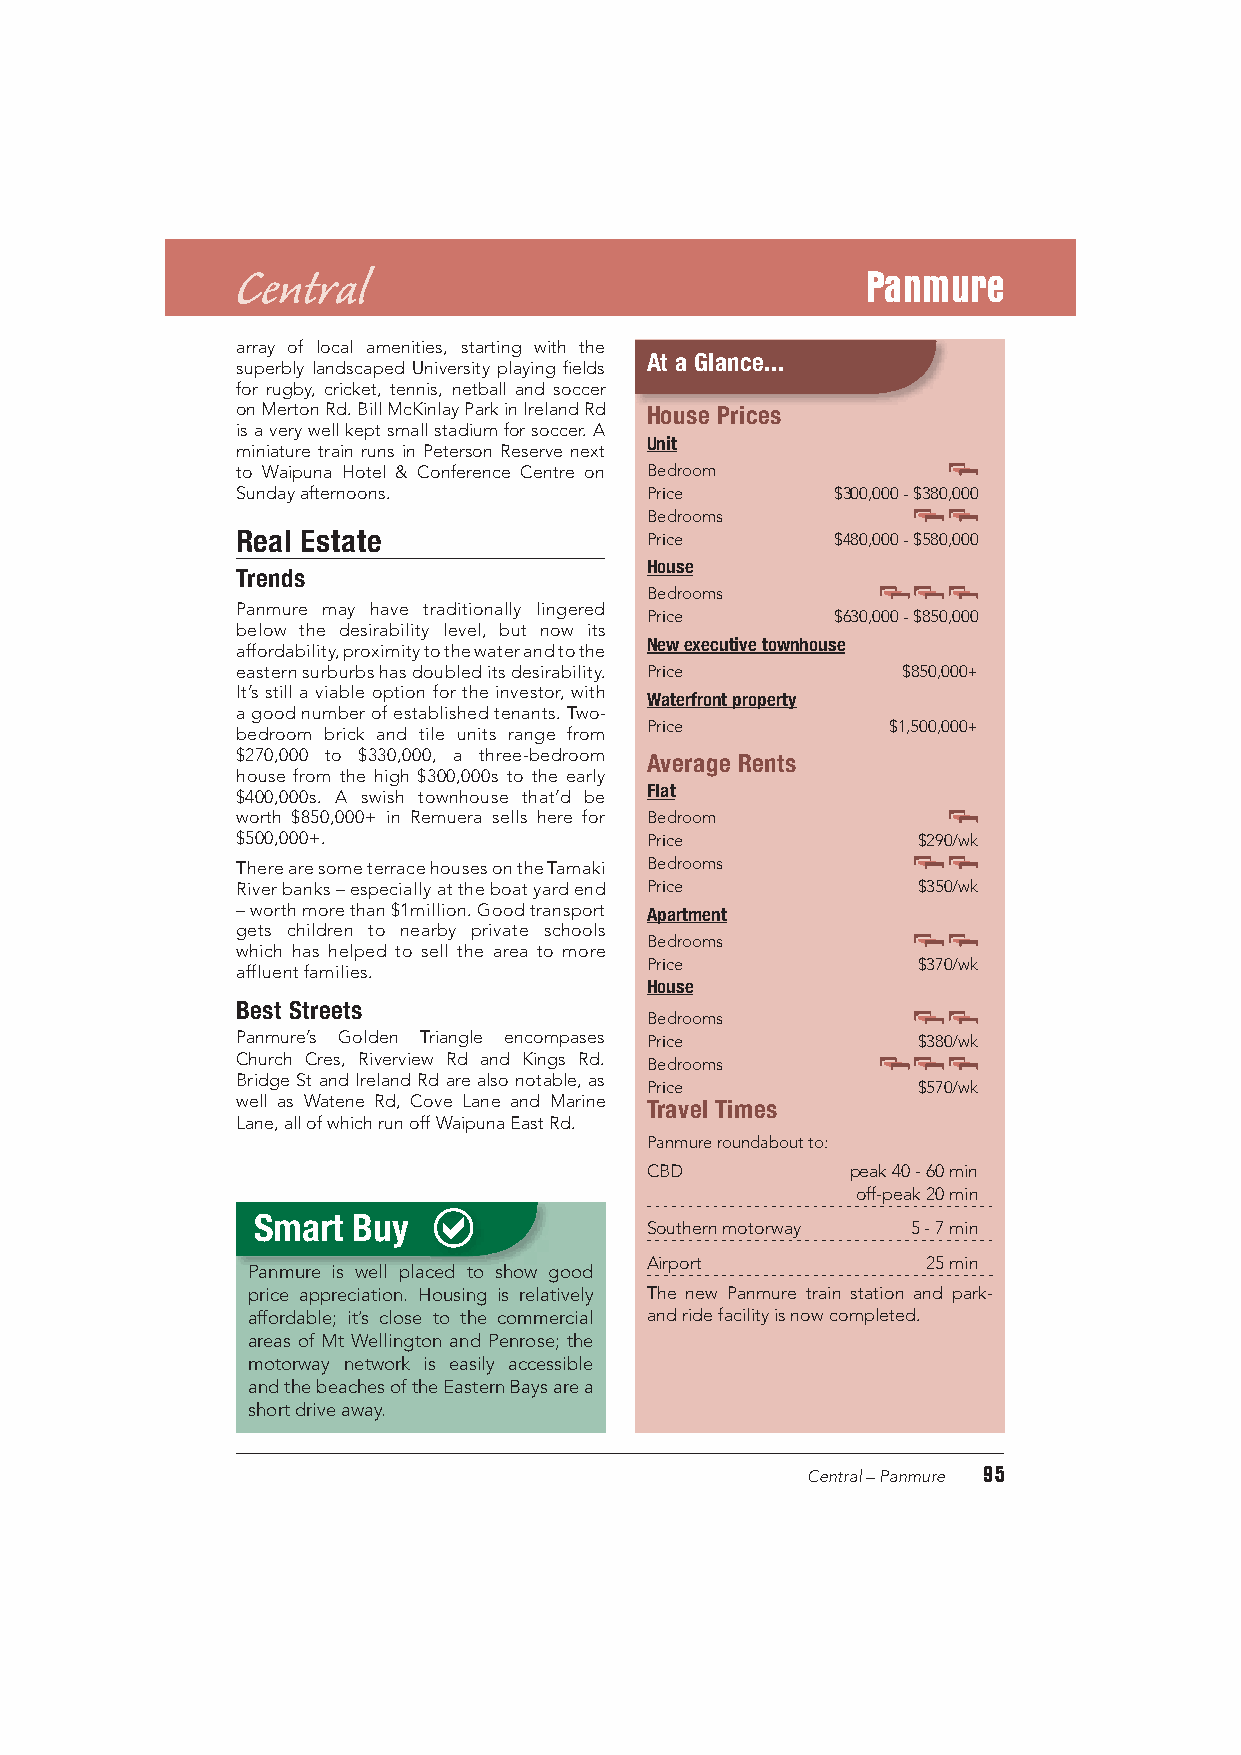
Central                                  Panmure
 array of local amenities, starting with the
 At a Glance...
 superbly landscaped University playing fields
 for rugby, cricket, tennis, netball and soccer
 on Merton Rd. Bill McKinlay Park in Ireland Rd House Prices
 is a very well kept small stadium for soccer. A
 Unit
 miniature train runs in Peterson Reserve next
 to Waipuna Hotel & Conference Centre on Bedroom
 Sunday afternoons.         Price       $300,000 - $380,000
 Bedrooms
 Real Estate                Price       $480,000 - $580,000
 House
 Trends
 Bedrooms
 Panmure may have traditionally lingered
 Price       $630,000 - $850,000
 below the desirability level, but now its
 New executive townhouse
 affordability, proximity to the water and to the
 eastern surburbs has doubled its desirability. Price $850,000+
 It’s still a viable option for the investor, with Waterfront property
 a good number of established tenants. Two-
 Price           $1,500,000+
 bedroom brick and tile units range from
 $270,000 to $330,000, a three-bedroom Average Rents
 house from the high $300,000s to the early
 Flat
 $400,000s. A swish townhouse that’d be
 worth $850,000+ in Remuera sells here for Bedroom
 $500,000+.                 Price             $290/wk
 There are some terrace houses on the Tamaki Bedrooms
 River banks – especially at the boat yard end Price $350/wk
 – worth more than $1million. Good transport Apartment
 gets children to nearby private schools
 Bedrooms
 which has helped to sell the area to more
 Price             $370/wk
 affluent families.
 House
 Best Streets
 Bedrooms
 Panmure’s Golden Triangle encompases Price   $380/wk
 Church Cres, Riverview Rd and Kings Rd.
 Bedrooms
 Bridge St and Ireland Rd are also notable, as
 Price             $570/wk
 well as Watene Rd, Cove Lane and Marine Travel Times
 Lane, all of which run off Waipuna East Rd.
 Panmure roundabout to:
 CBD          peak 40 - 60 min
 off-peak 20 min
 Smart Buy
 Southern motorway 5 - 7 min
 Airport           25 min
 Panmure is well placed to show good
 price appreciation. Housing is relatively The new Panmure train station and park-
 affordable; it’s close to the commercial and ride facility is now completed.
 areas of Mt Wellington and Penrose; the
 motorway network is easily accessible
 and the beaches of the Eastern Bays are a
 short drive away.
 95
 Central – Panmure